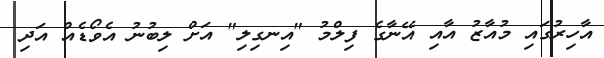
އާހިރުގައި މުއާޒު އާއި އޭނާގެ ފިލްމު "އިނގިލި" އަށް ލިބުނު އެވޯޑެއް އަދި